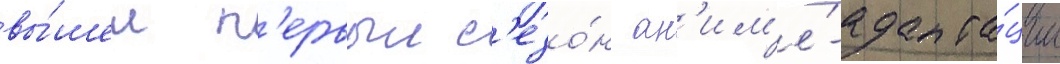
вы́шел п'ервыи с'езо́н ан'им'е́-адапта́ции